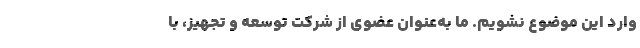
وارد این موضوع نشویم. ما به‌عنوان عضوی از شرکت توسعه و تجهیز، با